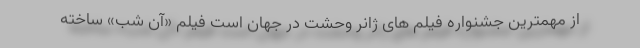
از مهمترین جشنواره فیلم های ژانر وحشت در جهان است فیلم «آن شب» ساخته